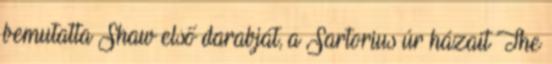
bemutatta Shaw első darabját, a Sartorius úr házait The